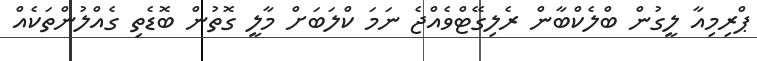
ޕްރިމިއާ ލީގުން ބްލެކްބާން ރެލިގޭޓްވެއްޖެ ނަމަ ކްލަބަށް މާލީ ގޮތުން ބޮޑެތި ގެއްލުންތަކެއް